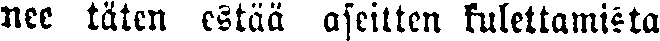
nee täten estää aseitten kulettamista